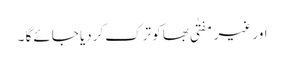
اور غیر مفتٰی بھا کو ترک کردیا جائے گا ۔